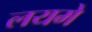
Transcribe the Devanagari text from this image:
लयमे